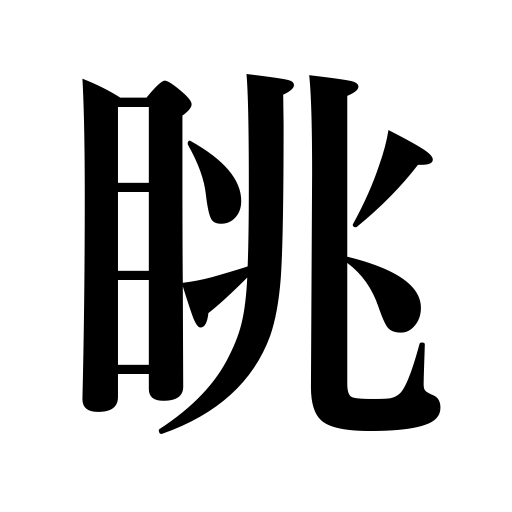
Meanings: scrutinize,watch,look at,see